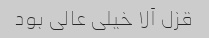
قزل آلا خیلی عالی بود